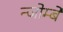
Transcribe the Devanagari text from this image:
न्जोम्बे